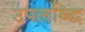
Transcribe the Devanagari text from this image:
उपलब्द्धि